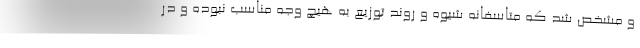
و مشخص شد که متاسفانه شیوه و روند توزیع به هیچ وجه مناسب نبوده و در